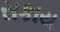
સકાય